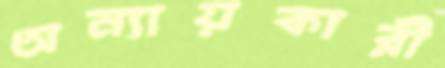
অন্যায়কারী